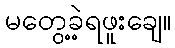
မတွေ့ခဲ့ရဖူးချေ။